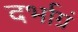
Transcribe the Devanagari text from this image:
दर्भाग्रं